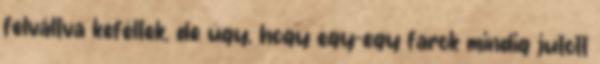
felváltva keféltek, de úgy, hogy egy-egy farok mindig jutott